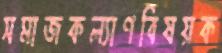
সমাজকল্যাণবিষয়ক